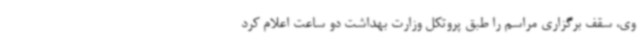
وی، سقف برگزاری مراسم را طبق پروتکل وزارت بهداشت دو ساعت اعلام کرد